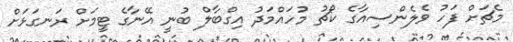
މެޗަށް ފަހު ވެލެންސިއާގެ ކޯޗު މުހައްމަދު އިގްބާލް ބުނީ އޭނާގެ ޓީމަށް ރަނގަޅަށް